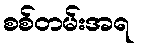
စစ်တမ်းအရ